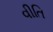
વીતિ